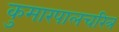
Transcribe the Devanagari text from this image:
कुमारपालचरित्र